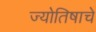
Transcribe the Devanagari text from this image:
ज्योतिषाचे